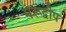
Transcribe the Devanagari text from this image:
मरूद्वीप